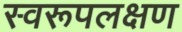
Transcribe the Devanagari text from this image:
स्वरूपलक्षण